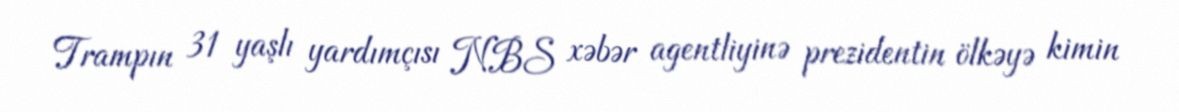
Trampın 31 yaşlı yardımçısı NBS xəbər agentliyinə prezidentin ölkəyə kimin